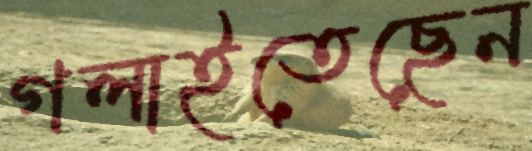
গলাইতেছেন